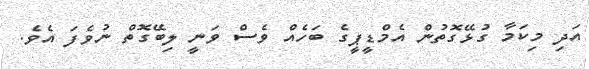
އަދި މިކަމާ ގުޅޭގޮތުން އެމްޑީޕީގެ ބަހެއް ވެސް ވަނީ ލިބޭގޮތް ނުވެފަ އެވެ.